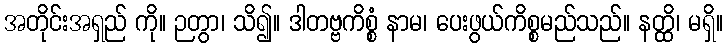
အတိုင်းအရှည် ကို။ ဉတွာ၊ သိ၍။ ဒါတဗ္ဗကိစ္စံ နာမ၊ ပေးဖွယ်ကိစ္စမည်သည်။ နတ္ထိ၊ မရှိ။